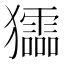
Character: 𤣍